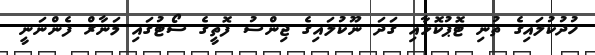
ހުދުކުލައިގެ ތުނި ޓޮޕުކޮޅާއި ގަދަ ނޫކުލައިގެ ޖިންސު ފޮތީގެ ސޯޓުގައި މަނާރް ފެންނަނީ